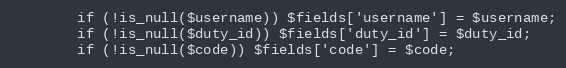
Language: PHP
        if (!is_null($username)) $fields['username'] = $username;
        if (!is_null($duty_id)) $fields['duty_id'] = $duty_id;
        if (!is_null($code)) $fields['code'] = $code;